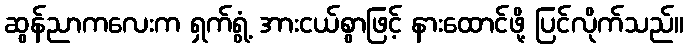
ဆွန်ညာကလေးက ရှက်ရွံ့ အားငယ်စွာဖြင့် နားထောင်ဖို့ ပြင်လိုက်သည်။